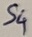
Text: S4